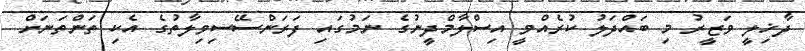
ދާޚިލީ ވަޒީރު މި ބައްދަލު ކުރެއްވީ އިސްލާމްދީނުގެ ނަމުގައި ފަރަންސޭސިވިލާތުގެ އެކި ތަންތަނަށް